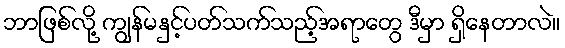
ဘာဖြစ်လို့ ကျွန်မနှင့်ပတ်သက်သည့်အရာတွေ ဒီမှာ ရှိနေတာလဲ။